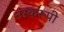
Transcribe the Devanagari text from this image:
नरकरूपी